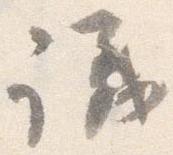
議